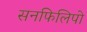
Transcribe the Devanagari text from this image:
सनफिलिपो